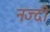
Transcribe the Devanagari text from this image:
नज्दी